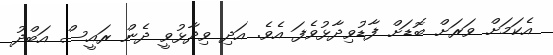
އެކަމަށް ވަރަށް ބޮޑަށް ފާޑުވިދާޅުވެފަ އެވެ. އަދި ވިދާޅުވީ ދެން ރައީސް އަބްދު